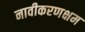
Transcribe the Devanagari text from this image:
नावीकरणक्षम